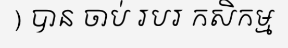
) បាន ចាប់ របរ កសិកម្ម